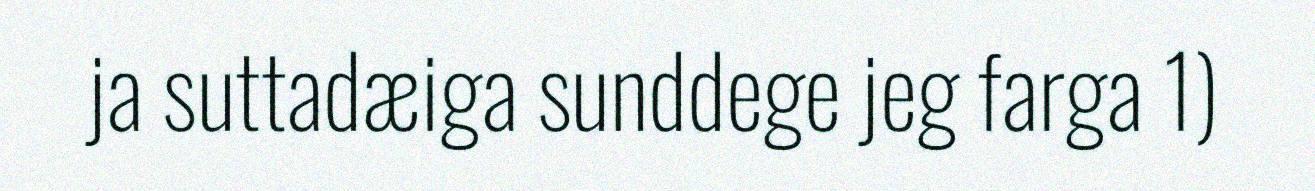
ja suttadæiga sunddege jeg farga 1)